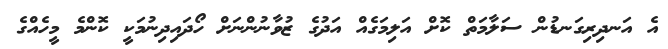
އެ އަނދިރިގަނޑުން ސަލާމަތް ކޮށް އަލިމަގެއް އަދުގެ ޒުވާނުންނަށް ހޯދައިދިނުމަކީ ކޮންމެ މީހެއްގެ